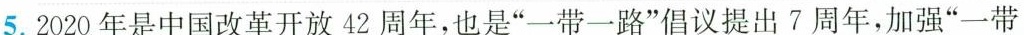
5.2020年是中国改革开放42周年，也是”一带一路”倡议提出7周年，加强”一带